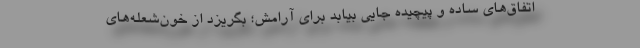
اتفاق‌های ساده و پیچیده جایی بیابد برای آرامش؛ بگریزد از خون‌شعله‌های